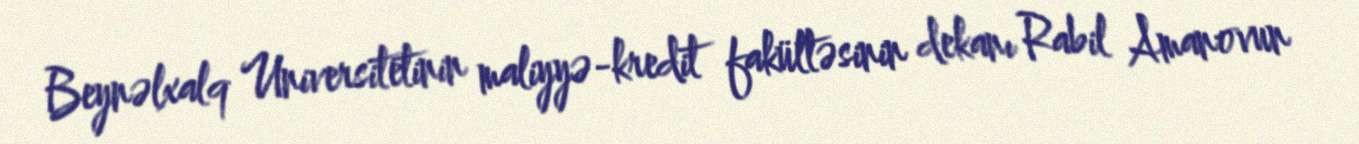
Beynəlxalq Universitetinin maliyyə-kredit fakültəsinin dekanı Rabil Amanovun